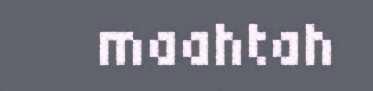
maahtah